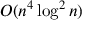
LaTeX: O ( n ^ { 4 } \log ^ { 2 } n )